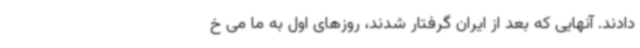
دادند. آنهایی که بعد از ایران گرفتار شدند، روزهای اول به ما می ‌خ